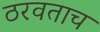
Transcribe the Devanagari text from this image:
ठरवताच